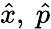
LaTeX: \hat{x},\ \hat{p}